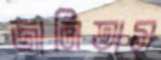
জানিতাম